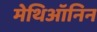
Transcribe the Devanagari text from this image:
मेथिऑनिन